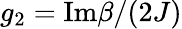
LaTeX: g_{2}=\mathrm{Im}\beta/(2J)